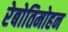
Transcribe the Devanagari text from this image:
रेबोतिमोहन